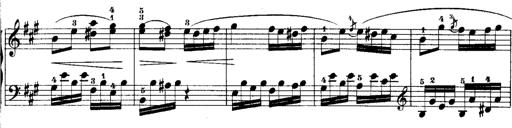
Title: Rondos and Sonatinas for Pianoforte
Composer: Daniel Steibelt